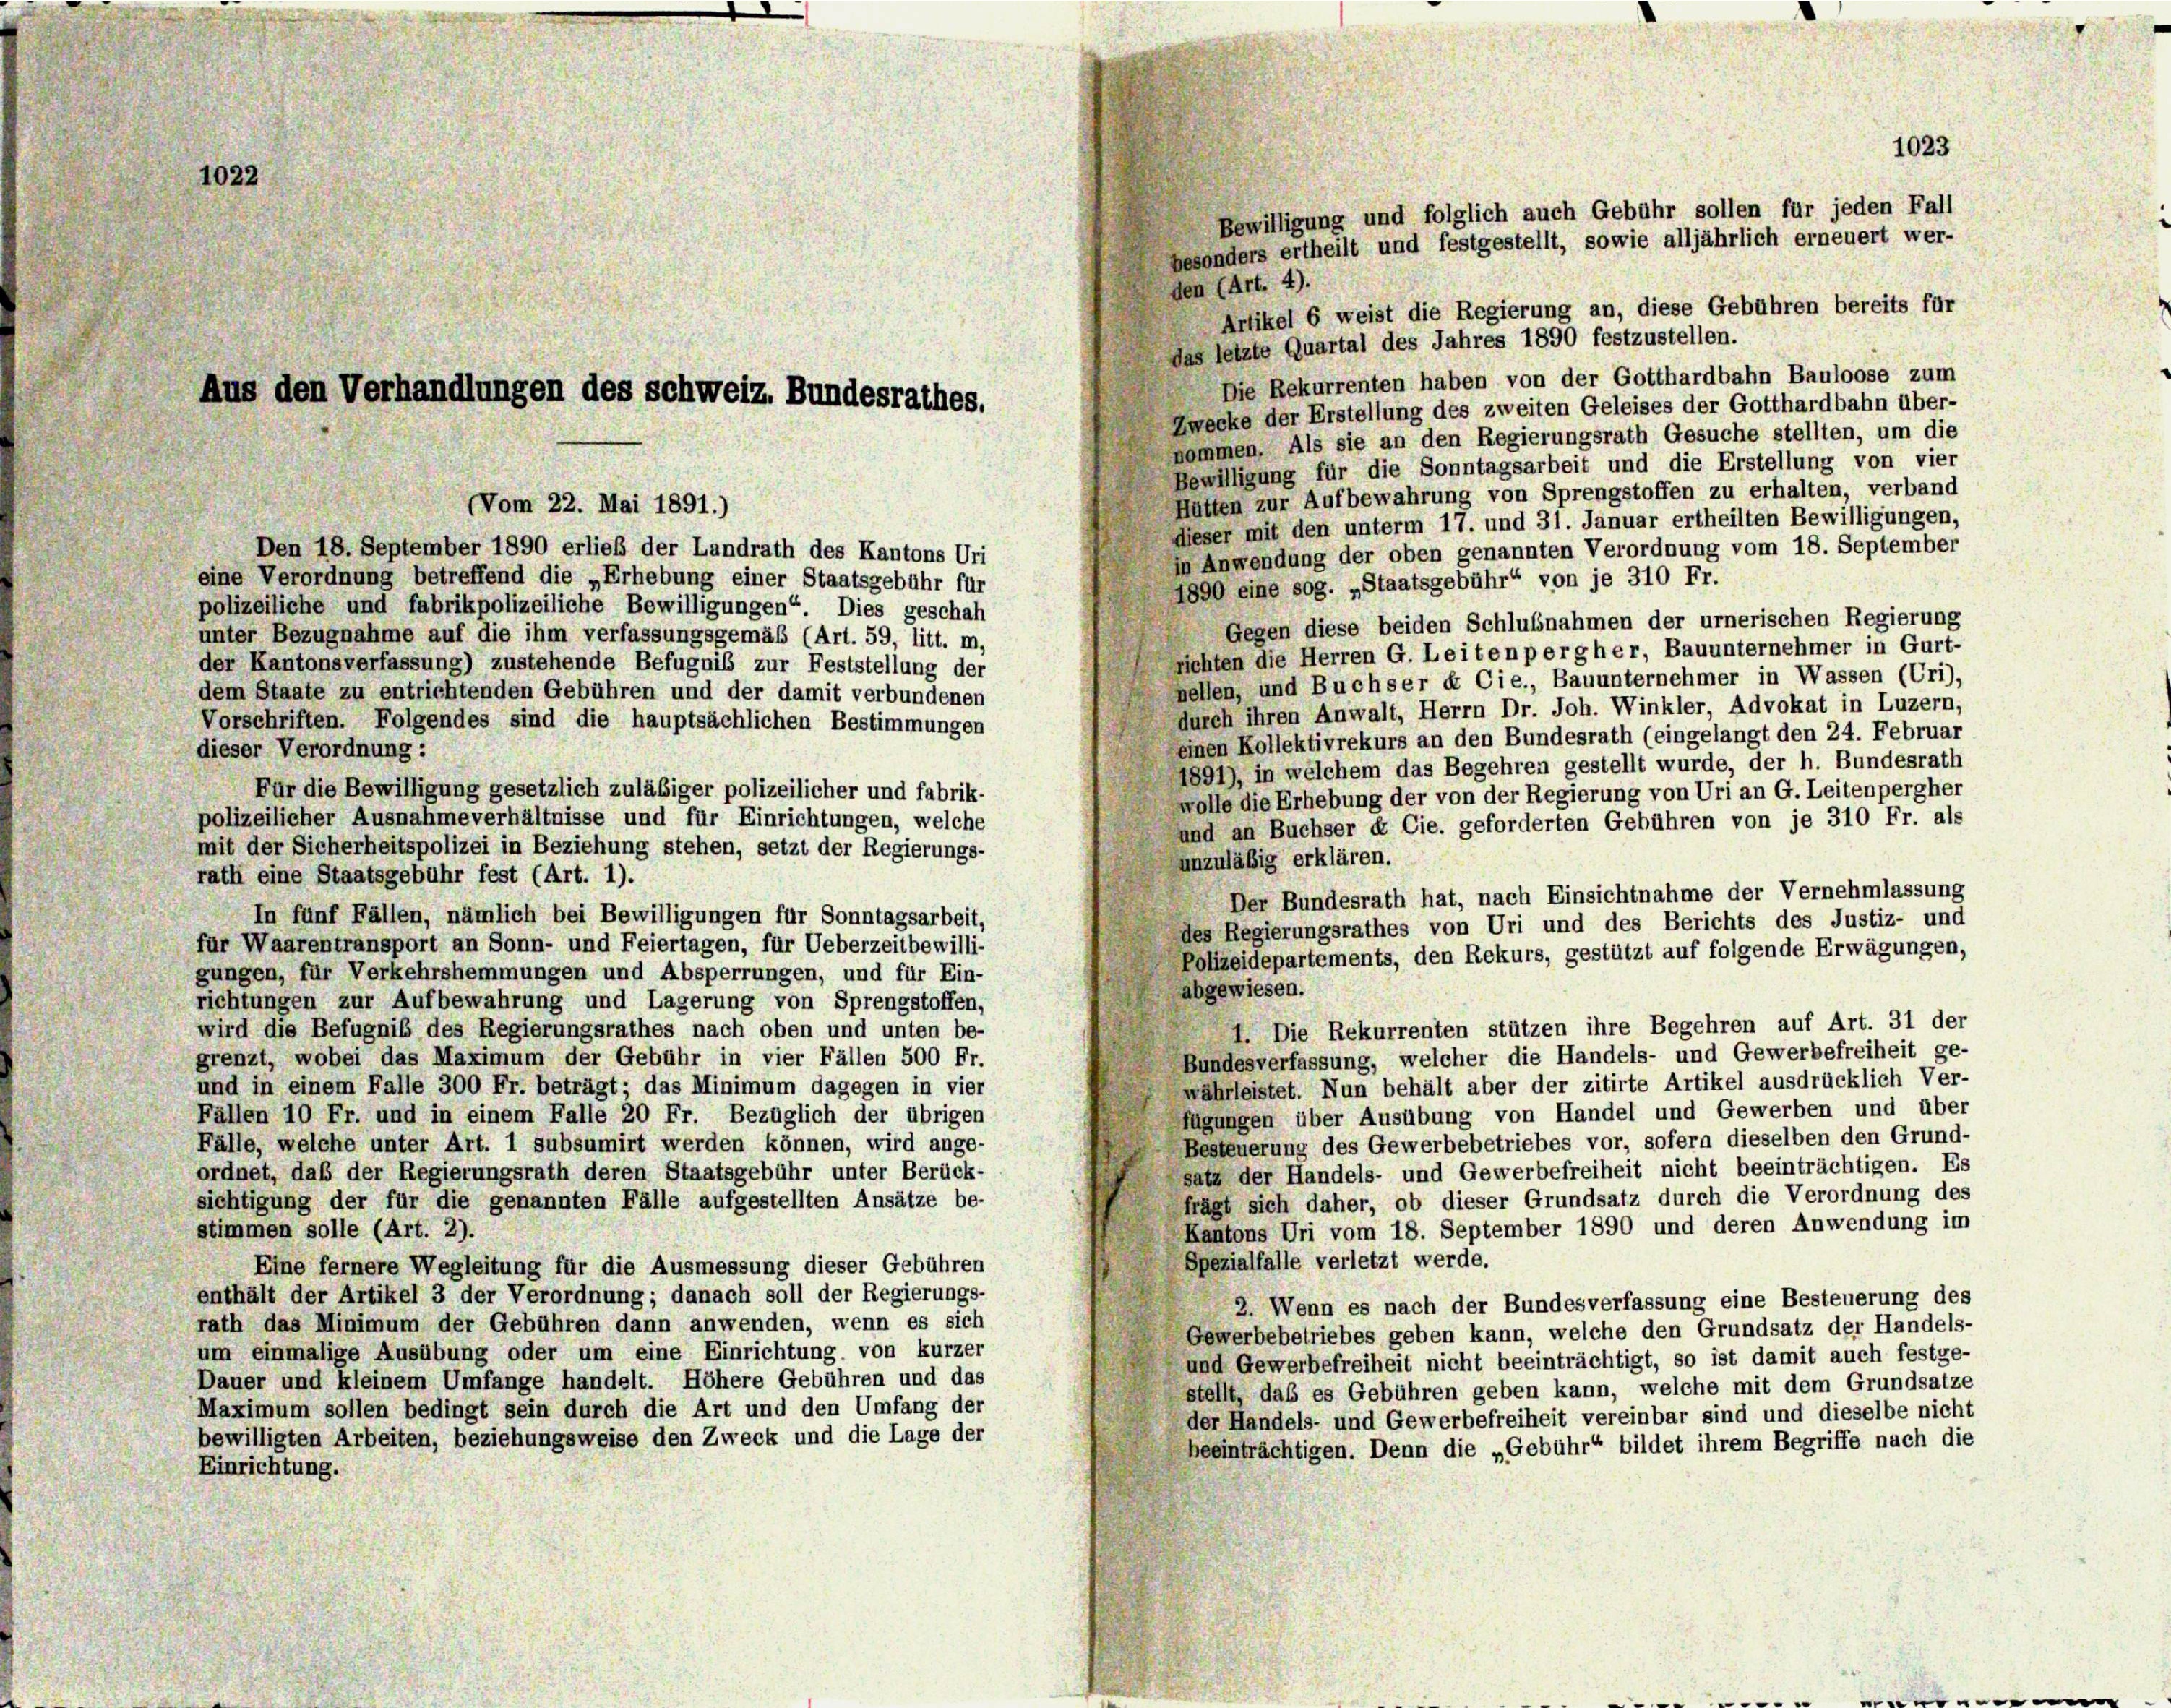
den (Art. 4).
Artikel 6 weist die Regierung an, diese Gebühren bereits für
das letzte Quartal des Jahres 1890 festzustellen.
Die Rekurrenten haben von der Gotthardbahn Bauloose zum
Zwecke der Erstellung des zweiten Geleises der Gotthardbahn über-
nommen. Als sie an den Regierungsrath Gesuche stellten, um die
Bewilligung für die Sonntagsarbeit und die Erstellung von vier
Hütten zur Aufbewahrung von Sprengstoffen zu erhalten, verband
dieser mit den unterm 17. und 31. Januar ertheilten Bewilligungen,
Den 18. September 1890 erließ der Landrath des Kantons Uri
in Anwendung der oben genannten Verordnung vom 18. September
eine Verordnung betreffend die „Erhebung einer Staatsgebühr für
1890 eine sog. „Staatsgebühr“ von je 310 Fr.
polizeiliche und fabrikpolizeiliche Bewilligungen“. Dies geschah
Gegen diese beiden Schlußnahmen der urnerischen Regierung
unter Bezugnahme auf die ihm verfassungsgemäß (Art. 59, litt. m,
richten die Herren G. Leiten perg her, Bauunternehmer in Gurt
der Kantonsverfassung) zustehende Befugnis zur Feststellung der
nellen, und Buchser & Cie., Bauunternehmer in Wassen (Uri),
dem Staate zu entrichtenden Gebühren und der damit verbundenen
durch ihren Anwalt, Herrn Dr. Joh. Winkler, Advokat in Luzern,
Vorschriften. Folgendes sind die hauptsächlichen Bestimmungen
einen Kollektivrekurs an den Bundesrath (eingelangt den 24. Februar
dieser Verordnung:
1891), in welchem das Begehren gestellt wurde, der h. Bundesrath
Für die Bewilligung gesetzlich zuläßiger polizeilicher und fabrik-
wolle die Erhebung der von der Regierung von Uri an G. Leitenpergher
polizeilicher Ausnahmeverhältnisse und für Einrichtungen, welche
und an Buchser & Cie. geforderten Gebühren von je 310 Fr. als
mit der Sicherheitspolizei in Beziehung stehen, setzt der Regierungs-
unzuläßig erklären.
rath eine Staatsgebühr fest (Art. 1).
Der Bundesrath hat, nach Einsichtnahme der Vernehmlassung
In fünf Fällen, nämlich bei Bewilligungen für Sonntagsarbeit,
des Regierungsrathes von Uri und des Berichts des Justiz- und
für Waarentransport an Sonn- und Feiertagen, für Ueberzeitbewilli-
Polizeidepartements, den Rekurs, gestützt auf folgende Erwägungen,
gungen, für Verkehrshemmungen und Absperrungen, und für Ein-
abgewiesen.
richtungen zur Aufbewahrung und Lagerung von Sprengstoffen,
. Die Rekurrenten stützen ihre Begehren auf Art. 31 der
wird die Befugnis des Regierungsrathes nach oben und unten be-
Bundesverfassung, welcher die Handels- und Gewerbefreiheit ge-
grenzt, wobei das Maximum der Gebühr in vier Fällen 500 Fr.
wahrleistet. Nun behält aber der zitirte Artikel ausdrücklich Ver-
und in einem Falle 300 Fr. beträgt; das Minimum dagegen in vier
fügungen über Ausübung von Handel und Gewerben und über
Fällen 10 Fr. und in einem Falle 20 Fr. Bezüglich der übrigen
Besteuerung des Gewerbebetriebes vor, sofern dieselben den Grund-
Fälle, welche unter Art. 1 subsumirt werden können, wird ange-
satz der Handels- und Gewerbefreiheit nicht beeinträchtigen. Es
ordnet, daß der Regierungsrath deren Staatsgebühr unter Berück-
frägt sich daher, ob dieser Grundsatz durch die Verordnung des
sichtigung der für die genannten Fälle aufgestellten Ansätze be-
Kantons Uri vom 18. September 1890 und deren Anwendung im
stimmen solle (Art. 2).
Spezialfalle verletzt werde.
Eine fernere Wegleitung für die Ausmessung dieser Gebühren
enthält der Artikel 3 der Verordnung; danach soll der Regierungs-
2. Wenn es nach der Bundesverfassung eine Besteuerung des
rath das Minimum der Gebühren dann anwenden, wenn es sich
Gewerbebetriebes geben kann, welche den Grundsatz der Handels-
um einmalige Ausübung oder um eine Einrichtung von kurzer
und Gewerbefreiheit nicht beeinträchtigt, so ist damit auch festge-
Dauer und kleinem Umfange handelt. Höhere Gebühren und das
stellt, das es Gebühren geben kann, welche mit dem Grundsatze
Maximum sollen bedingt sein durch die Art und den Umfang der
der Handels- und Gewerbefreiheit vereinbar sind und dieselbe nicht
bewilligten Arbeiten, beziehungsweise den Zweck und die Lage der
beeinträchtigen. Denn die „Gebühr“ bildet ihrem Begriffe nach die
Einrichtung.

1022

Aus den Verhandlungen des schweiz. Bundesrathes.

Vom 22. Mai 1891.)

1023
Bewilligung und folglich auch Gebühr sollen für jeden Fall
besonders ertheilt und festgestellt, sowie alljährlich erneuert wer-